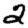
Digit: 2